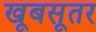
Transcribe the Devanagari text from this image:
खूबसूतर